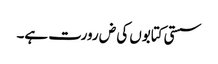
سستی کتابوں کی ض رورت ہے۔